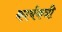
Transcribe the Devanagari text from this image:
कार्यकत्री